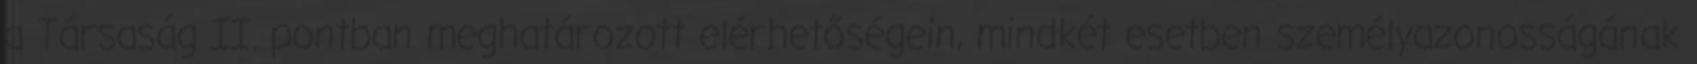
a Társaság II. pontban meghatározott elérhetőségein, mindkét esetben személyazonosságának